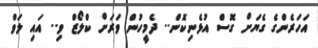
އަހަރެންގެ ގެޔަށް ގޮސް އުޅެނިކޮން.. ދެމީހުން ވަރަށް ކްލޯޒް ވި.. އައި ލަވް